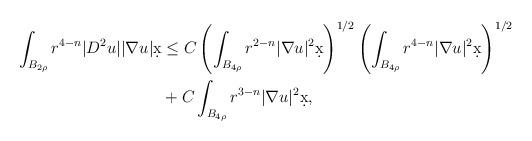
LaTeX: \begin{align*}\int_{B_{2\rho}} r^{4-n} |D^2 u| |\nabla u| \d x &\leq C \left(\int_{B_{4\rho}} r^{2-n} |\nabla u|^2 \d x\right)^{1/2}\left( \int_{B_{4\rho}} r^{4-n} |\nabla u|^2 \d x\right)^{1/2} \\& + C \int_{B_{4\rho}} r^{3-n} |\nabla u|^2 \d x,\end{align*}